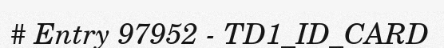
# Entry 97952 - TD1_ID_CARD